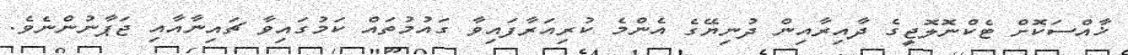
ޚާއްސަކޮށް ޓެކްނޮލޮޖީގެ ދާއިރާއިން ދުނިޔޭގެ އެންމެ ކުރިއަރާފައިވާ ގައުމުތައް ކަމުގައިވާ ޗައިނާއާއި ޖަޕާނުންނެވެ.